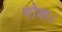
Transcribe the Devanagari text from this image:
मोक।